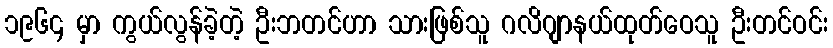
၁၉၆၄ မှာ ကွယ်လွန်ခဲ့တဲ့ ဦးဘတင်ဟာ သားဖြစ်သူ ဂလိဂျာနယ်ထုတ်ဝေသူ ဦးတင်ဝင်း